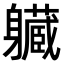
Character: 𨊙